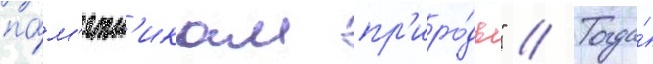
па́м'ятн'икам пр'иро́ды" // Тогда́